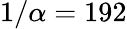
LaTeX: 1/\alpha=192